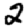
Digit: 2